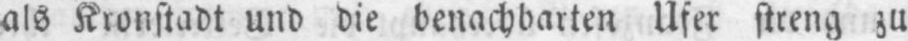
als Kronstadt und die benachbarten Ufer streng zu